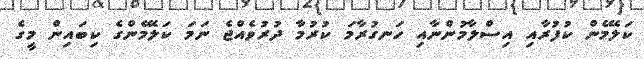
ކަލޭމެން ކުފުރާއި އިސްލާމުންނާއި ހަނގުރާމަ ކުރުމާ ދުރުވެއްޖެ ނަމަ ކަލޭމެންގެ ކިބައިން މީގެ